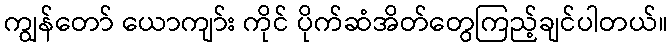
ကျွန်တော် ယောကျာ်း ကိုင် ပိုက်ဆံအိတ်တွေကြည့်ချင်ပါတယ်။